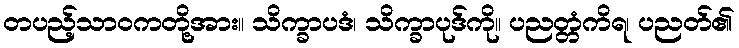
တပည့်သာဝကတို့အား။ သိက္ခာပဒံ၊ သိက္ခာပုဒ်ကို။ ပညတ္တံကိရ၊ ပညတ်၏